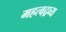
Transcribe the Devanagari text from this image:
महत्वद्रव्य